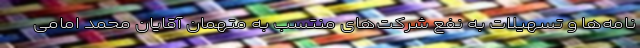
نامه‌ها و تسهیلات به نفع شرکت‌های منتسب به متهمان آقایان محمد امامی